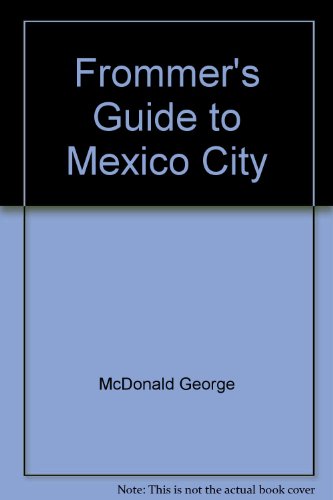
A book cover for Frommer's Guide to Mexico City; George McDonald; Travel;